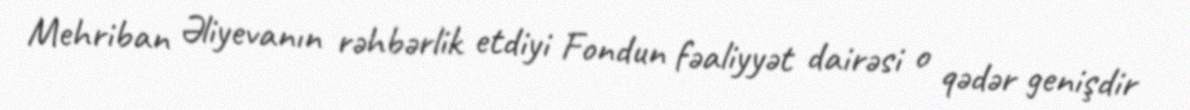
Mehriban Əliyevanın rəhbərlik etdiyi Fondun fəaliyyət dairəsi o qədər genişdir